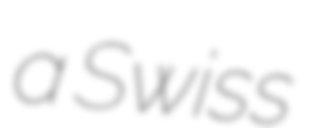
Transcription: a Swiss